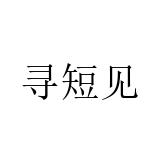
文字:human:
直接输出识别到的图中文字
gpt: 寻短见